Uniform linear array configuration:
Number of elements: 16
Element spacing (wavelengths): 1
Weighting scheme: cosine
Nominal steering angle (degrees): -45
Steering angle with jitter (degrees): -45.296
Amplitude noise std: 0.05
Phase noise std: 0.05

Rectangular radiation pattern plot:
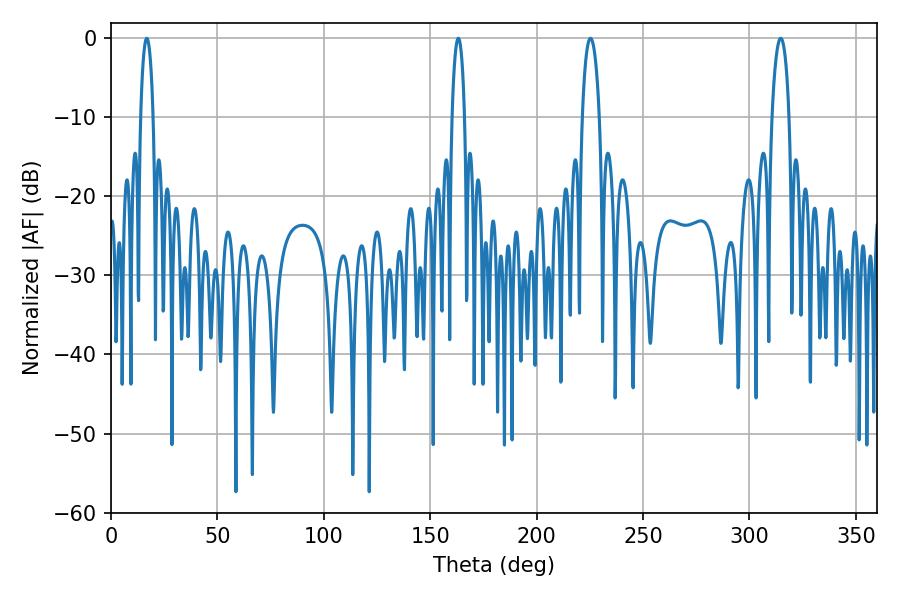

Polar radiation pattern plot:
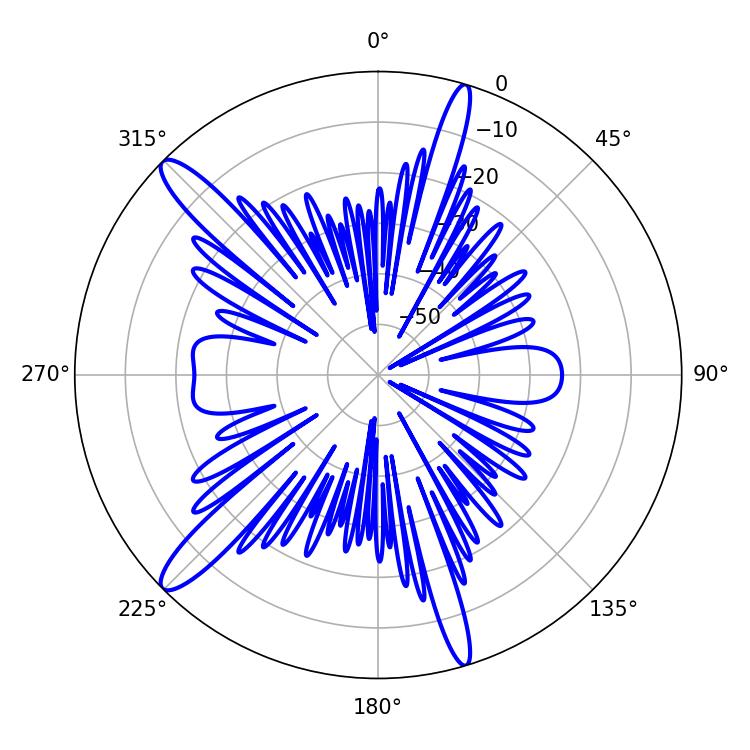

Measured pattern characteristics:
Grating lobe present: TRUE
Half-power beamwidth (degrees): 4.68
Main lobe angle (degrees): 225.36